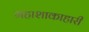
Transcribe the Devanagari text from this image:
महाशाकाहारी